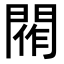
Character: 𨴰